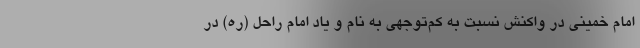
امام خمینی در واکنش نسبت به کم‌توجهی به نام و یاد امام راحل (ره) در